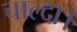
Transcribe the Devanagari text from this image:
चाल्दा।